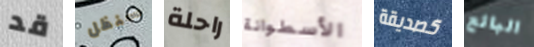
قد سنظل راحلة الأسطوانة كصديقة البائع